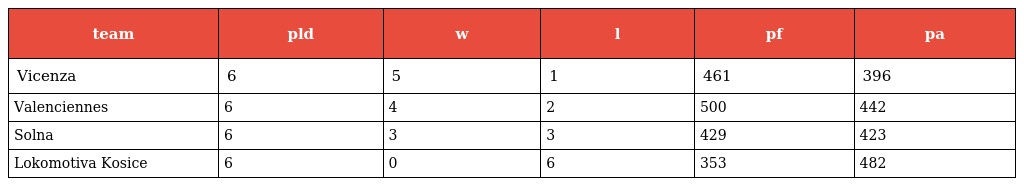
| team | pld | w | l | pf | pa |
 | --- | --- | --- | --- | --- | --- |
 | Vicenza | 6 | 5 | 1 | 461 | 396 |
 | Valenciennes | 6 | 4 | 2 | 500 | 442 |
 | Solna | 6 | 3 | 3 | 429 | 423 |
 | Lokomotiva Kosice | 6 | 0 | 6 | 353 | 482 |